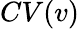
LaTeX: CV(v)